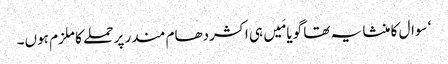
‘ سوال کا منشا یہ تھا گویا مَیں ہی اکشردھام مندر پر حملے کا ملزم ہوں۔